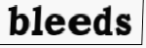
bleeds